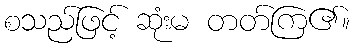
စသည်ဖြင့် ဆုံးမ တတ်ကြ၏။